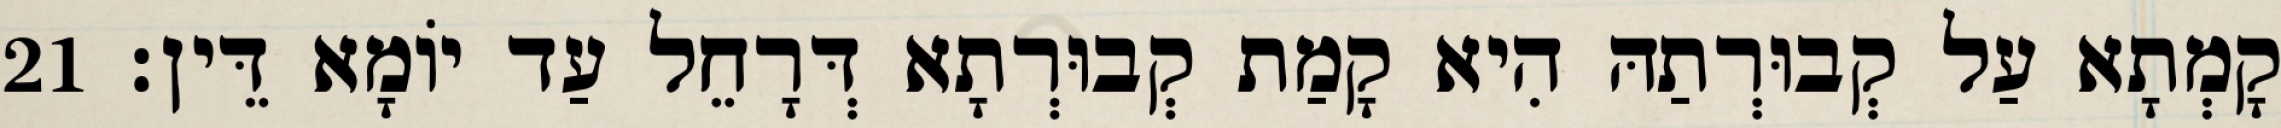
קָמְתָא עַל קְבוּרְתַהּ הִיא קָמַת קְבוּרְתָא דְּרָחֵל עַד יוֹמָא דֵּין׃ 21